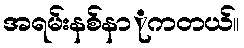
အရမ်းနစ်နာုကတယ်။